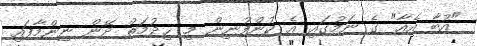
"އުބާ އެއާ" ގެ ނަމުގައި އެ ކުންފުނިން މި ޙިދުމަތް ދޭން ނިންމާފައި